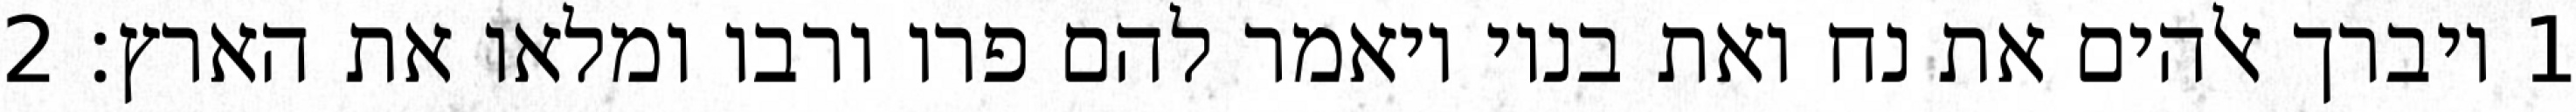
1 ויברך אלהים את נח ואת בניו ויאמר להם פרו ורבו ומלאו את הארץ׃ ‎2‏